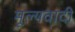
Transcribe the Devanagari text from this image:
मूल्यवादी